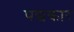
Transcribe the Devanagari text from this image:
पद्यकार